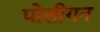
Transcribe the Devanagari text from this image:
पोलीगन